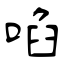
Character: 啗